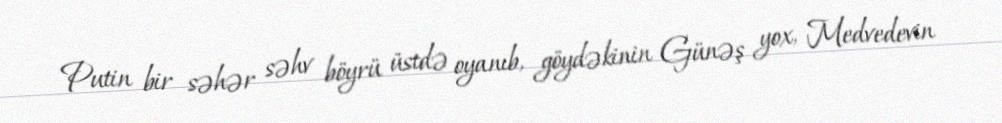
Putin bir səhər səhv böyrü üstdə oyanıb, göydəkinin Günəş yox, Medvedevin